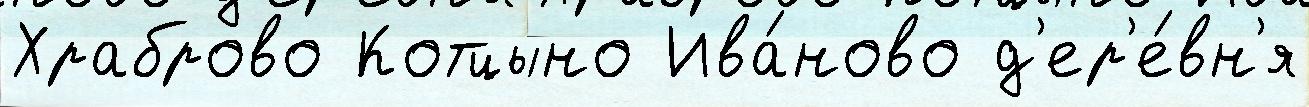
Храброво Котцыно Ива́ново д'ер'е́вн'я